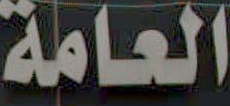
العامة